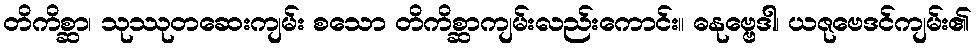
တိကိစ္ဆာ၊ သုဿုတဆေးကျမ်း စသော တိကိစ္ဆာကျမ်းလည်းကောင်း။ ဓနုဗ္ဗေဒါ၊ ယဇုဗေဒင်ကျမ်း၏